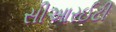
સીઆરઈટી